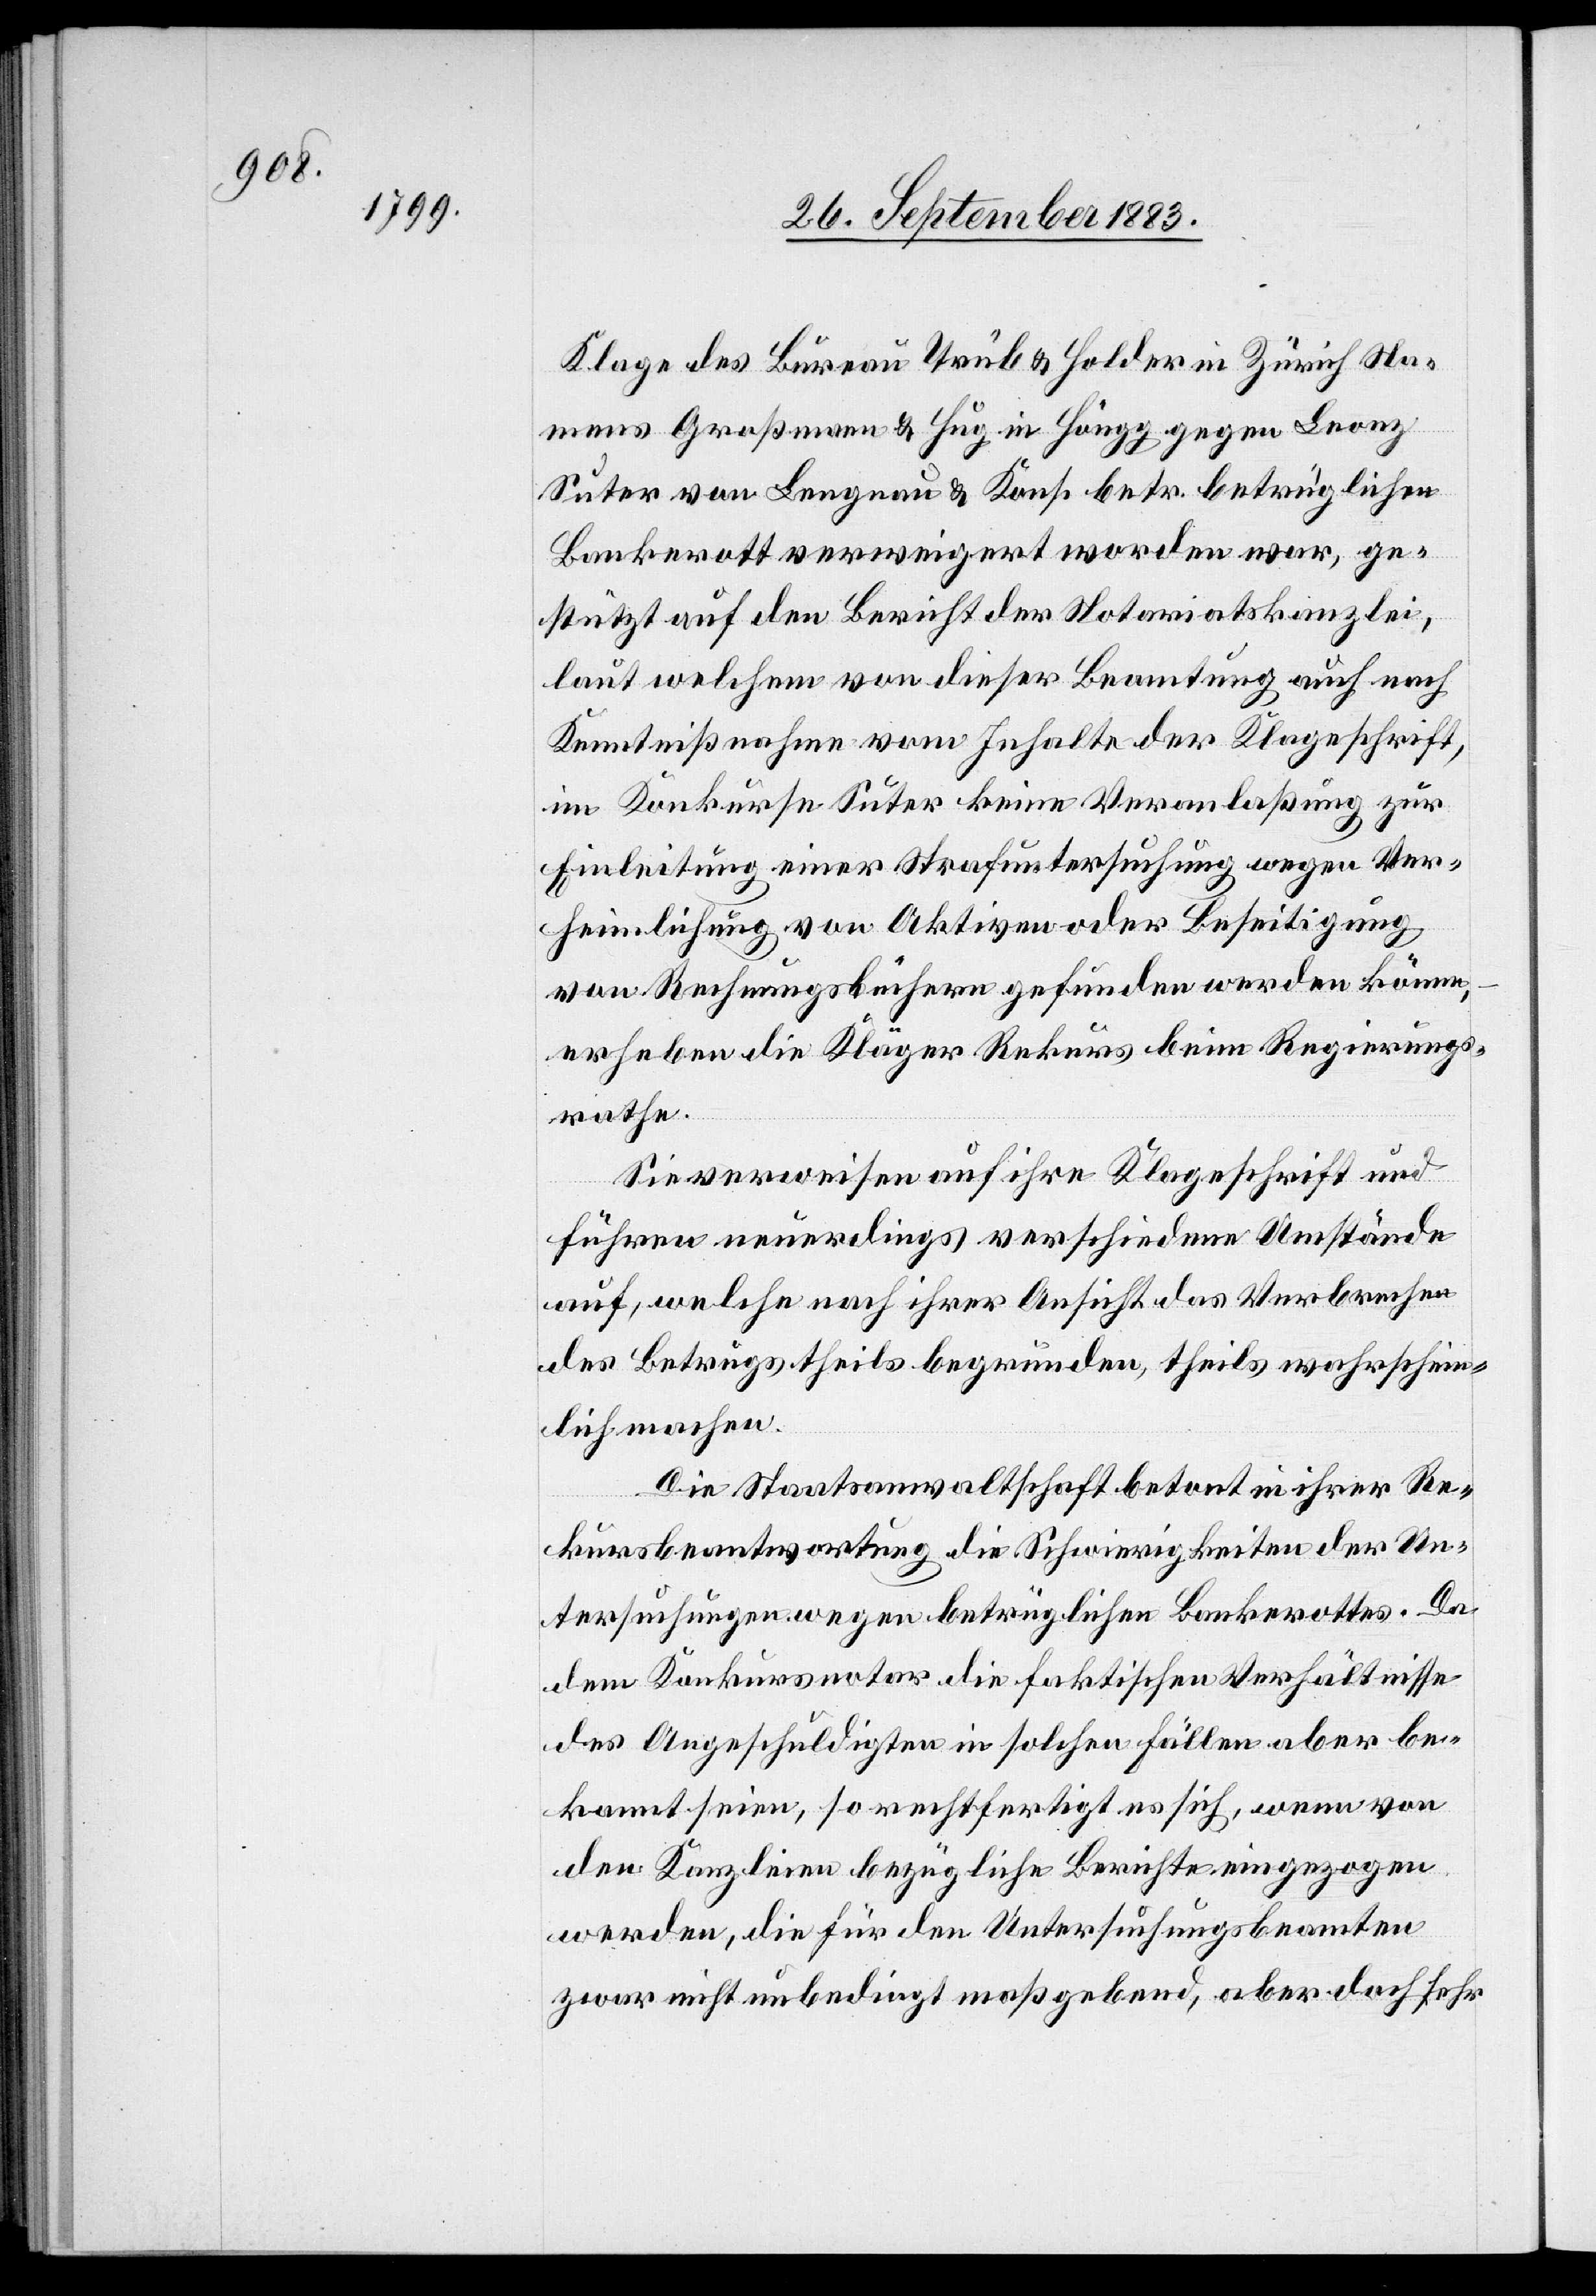
Klage des Bureau Trüb & Holder in Zürich Na¬
mens Großmann & Hug in Höngg gegen Leonz
Suter von Langnau & Kons. betr. betrüglichen
Bankerott verweigert worden war, ge¬
stützt auf den Bericht der Notariatskanzlei,
laut welchem von dieser Beamtung auch nach
Kenntnißnahme vom Inhalte der Klageschrift,
im Konkurse Suter keine Veranlaßung zur
Einleitung einer Strafuntersuchung wegen Ver¬
heimlichung von Aktiven oder Beseitigung
von Rechnungsbüchern gefunden werden könne,
erheben die Kläger Rekurs beim Regierungs¬
rathe.
Sie verweisen auf ihre Klageschrift und
führen neuerdings verschiedene Umstände
auf, welche nach ihrer Ansicht das Verbrechen
des Betruges theils begründen, theils wahrschein¬
lich machen.
Die Staatanwaltschaft betont in ihrer Re¬
kursbeantwortung die Schwierigkeiten der Un¬
tersuchungen wegen betrüglichen Bankerottes. Da
dem Konkursnotar die faktischen Verhältnisse
des Angeschuldigten in solchen Fällen aber be¬
kannt seien, so rechtfertigt es sich, wenn von
den Kanzleien bezügliche Berichte eingezogen
werden, die für den Untersuchungsbeamten
zwar nicht unbedingt maßgebend, aber doch sehr